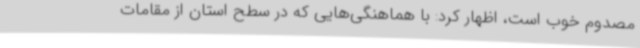
مصدوم خوب است، اظهار کرد: با هماهنگی‌هایی که در سطح استان از مقامات